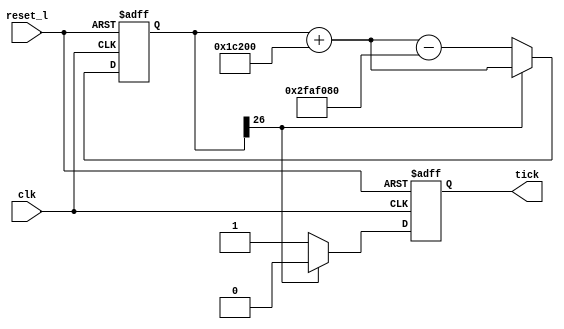
// BAUD rate generator

module baud
  (
  reset_l,
  clk,

  tick
  );

parameter OSC = 50000000; // Oscillator frequency
parameter BAUD = 115200; // Desired baud rate

input reset_l;
input clk;

output tick;
reg tick;

reg [26:0] accu; // large enough to hold -OSC
// divide OSC and BAUD by GCD(OSC, BAUD) to reduce number
// of bits needed for this.

always @(posedge clk or negedge reset_l)
  if (!reset_l)
    begin
      accu <= 0;
      tick <= 0;
    end
  else
    if (accu[26]) // Negative
      begin
        accu <= accu + BAUD;
        tick <= 0;
      end
    else // Positive
      begin
        accu <= accu + BAUD - OSC;
        tick <= 1;
      end

endmodule